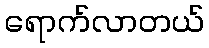
ရောက်လာတယ်